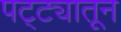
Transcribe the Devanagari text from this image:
पट्ट्यातून